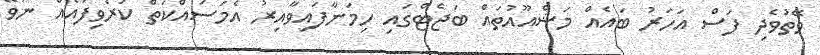
ވޭތުވެދި ފަސް އަހަރު ބައެއް މަޝްއޫއުތައް ބަޖެޓްގައި ހިމަނާފައިވާއިރު އެމަސައްކަތް ކުރެވިފައެއް ނުވޭ